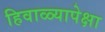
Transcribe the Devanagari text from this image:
हिवाळ्यापेक्षा